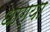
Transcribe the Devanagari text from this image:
धाग्या